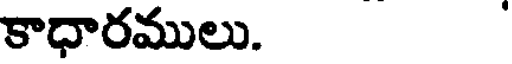
కాధారములు.